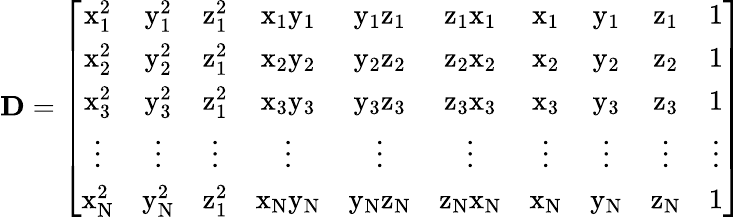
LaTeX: \mathbf{D}=\left[\begin{array}{cccccccccc}{\mathrm{x}_{1}^{2}}&{\mathrm{y}_{1}^{2}}&{\mathrm{z}_{1}^{2}}&{\mathrm{x}_{1}\mathrm{y}_{1}}&{\mathrm{y}_{1}\mathrm{z}_{1}}&{\mathrm{z}_{1}\mathrm{x}_{1}}&{\mathrm{x}_{1}}&{\mathrm{y}_{1}}&{\mathrm{z}_{1}}&{1}\\ {\mathrm{x}_{2}^{2}}&{\mathrm{y}_{2}^{2}}&{\mathrm{z}_{1}^{2}}&{\mathrm{x}_{2}\mathrm{y}_{2}}&{\mathrm{y}_{2}\mathrm{z}_{2}}&{\mathrm{z}_{2}\mathrm{x}_{2}}&{\mathrm{x}_{2}}&{\mathrm{y}_{2}}&{\mathrm{z}_{2}}&{1}\\ {\mathrm{x}_{3}^{2}}&{\mathrm{y}_{3}^{2}}&{\mathrm{z}_{1}^{2}}&{\mathrm{x}_{3}\mathrm{y}_{3}}&{\mathrm{y}_{3}\mathrm{z}_{3}}&{\mathrm{z}_{3}\mathrm{x}_{3}}&{\mathrm{x}_{3}}&{\mathrm{y}_{3}}&{\mathrm{z}_{3}}&{1}\\ {\vdots}&{\vdots}&{\vdots}&{\vdots}&{\vdots}&{\vdots}&{\vdots}&{\vdots}&{\vdots}&{\vdots}\\ {\mathrm{x}_{\mathrm{N}}^{2}}&{\mathrm{y}_{\mathrm{N}}^{2}}&{\mathrm{z}_{1}^{2}}&{\mathrm{x}_{\mathrm{N}}\mathrm{y}_{\mathrm{N}}}&{\mathrm{y}_{\mathrm{N}}\mathrm{z}_{\mathrm{N}}}&{\mathrm{z}_{\mathrm{N}}\mathrm{x}_{\mathrm{N}}}&{\mathrm{x}_{\mathrm{N}}}&{\mathrm{y}_{\mathrm{N}}}&{\mathrm{z}_{\mathrm{N}}}&{1}\end{array}\right]